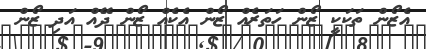
އެޒޯން ތަކަކީ ޒޯން ހަތަރެއް ޒޯން އެކެއް ޒޯން ދޭއް އަދި ޒޯން